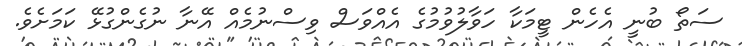
ސަތޯ ބުނީ އެހެން ޓީމަކާ ހަވާލުވުމުގެ އެއްވަސް ވިސްނުމެއް އޭނާ ނުގެންގުޅޭ ކަމަށެވެ.